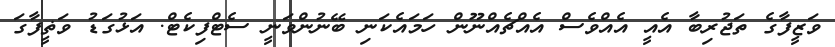
ވަޒީފާގެ ތަޖުރިބާ އެއީ އެއްވެސް އެއްޗެއްނޫން ހަމައެކަނި ބޭނުންވަނީ ސެޓްފިކެޓް. އަޅުގަޑު ވަޡީފާގަ